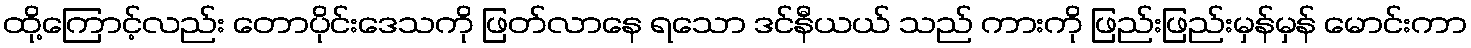
ထို့ကြောင့်လည်း တောပိုင်းဒေသကို ဖြတ်လာနေ ရသော ဒင်နီယယ် သည် ကားကို ဖြည်းဖြည်းမှန်မှန် မောင်းကာ